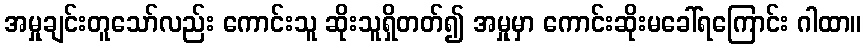
အမှုချင်းတူသော်လည်း ကောင်းသူ ဆိုးသူရှိတတ်၍ အမှုမှာ ကောင်းဆိုးမခေါ်ရကြောင်း ဂါထာ။